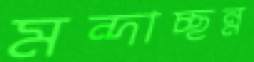
মন্দাচ্ছন্ন